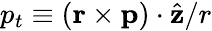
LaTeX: p_{t}\equiv\left(\mathbf{r}\times\mathbf{p}\right)\cdot\hat{\mathbf{z}}/r